Trukikaitis_Postimees, lk 69
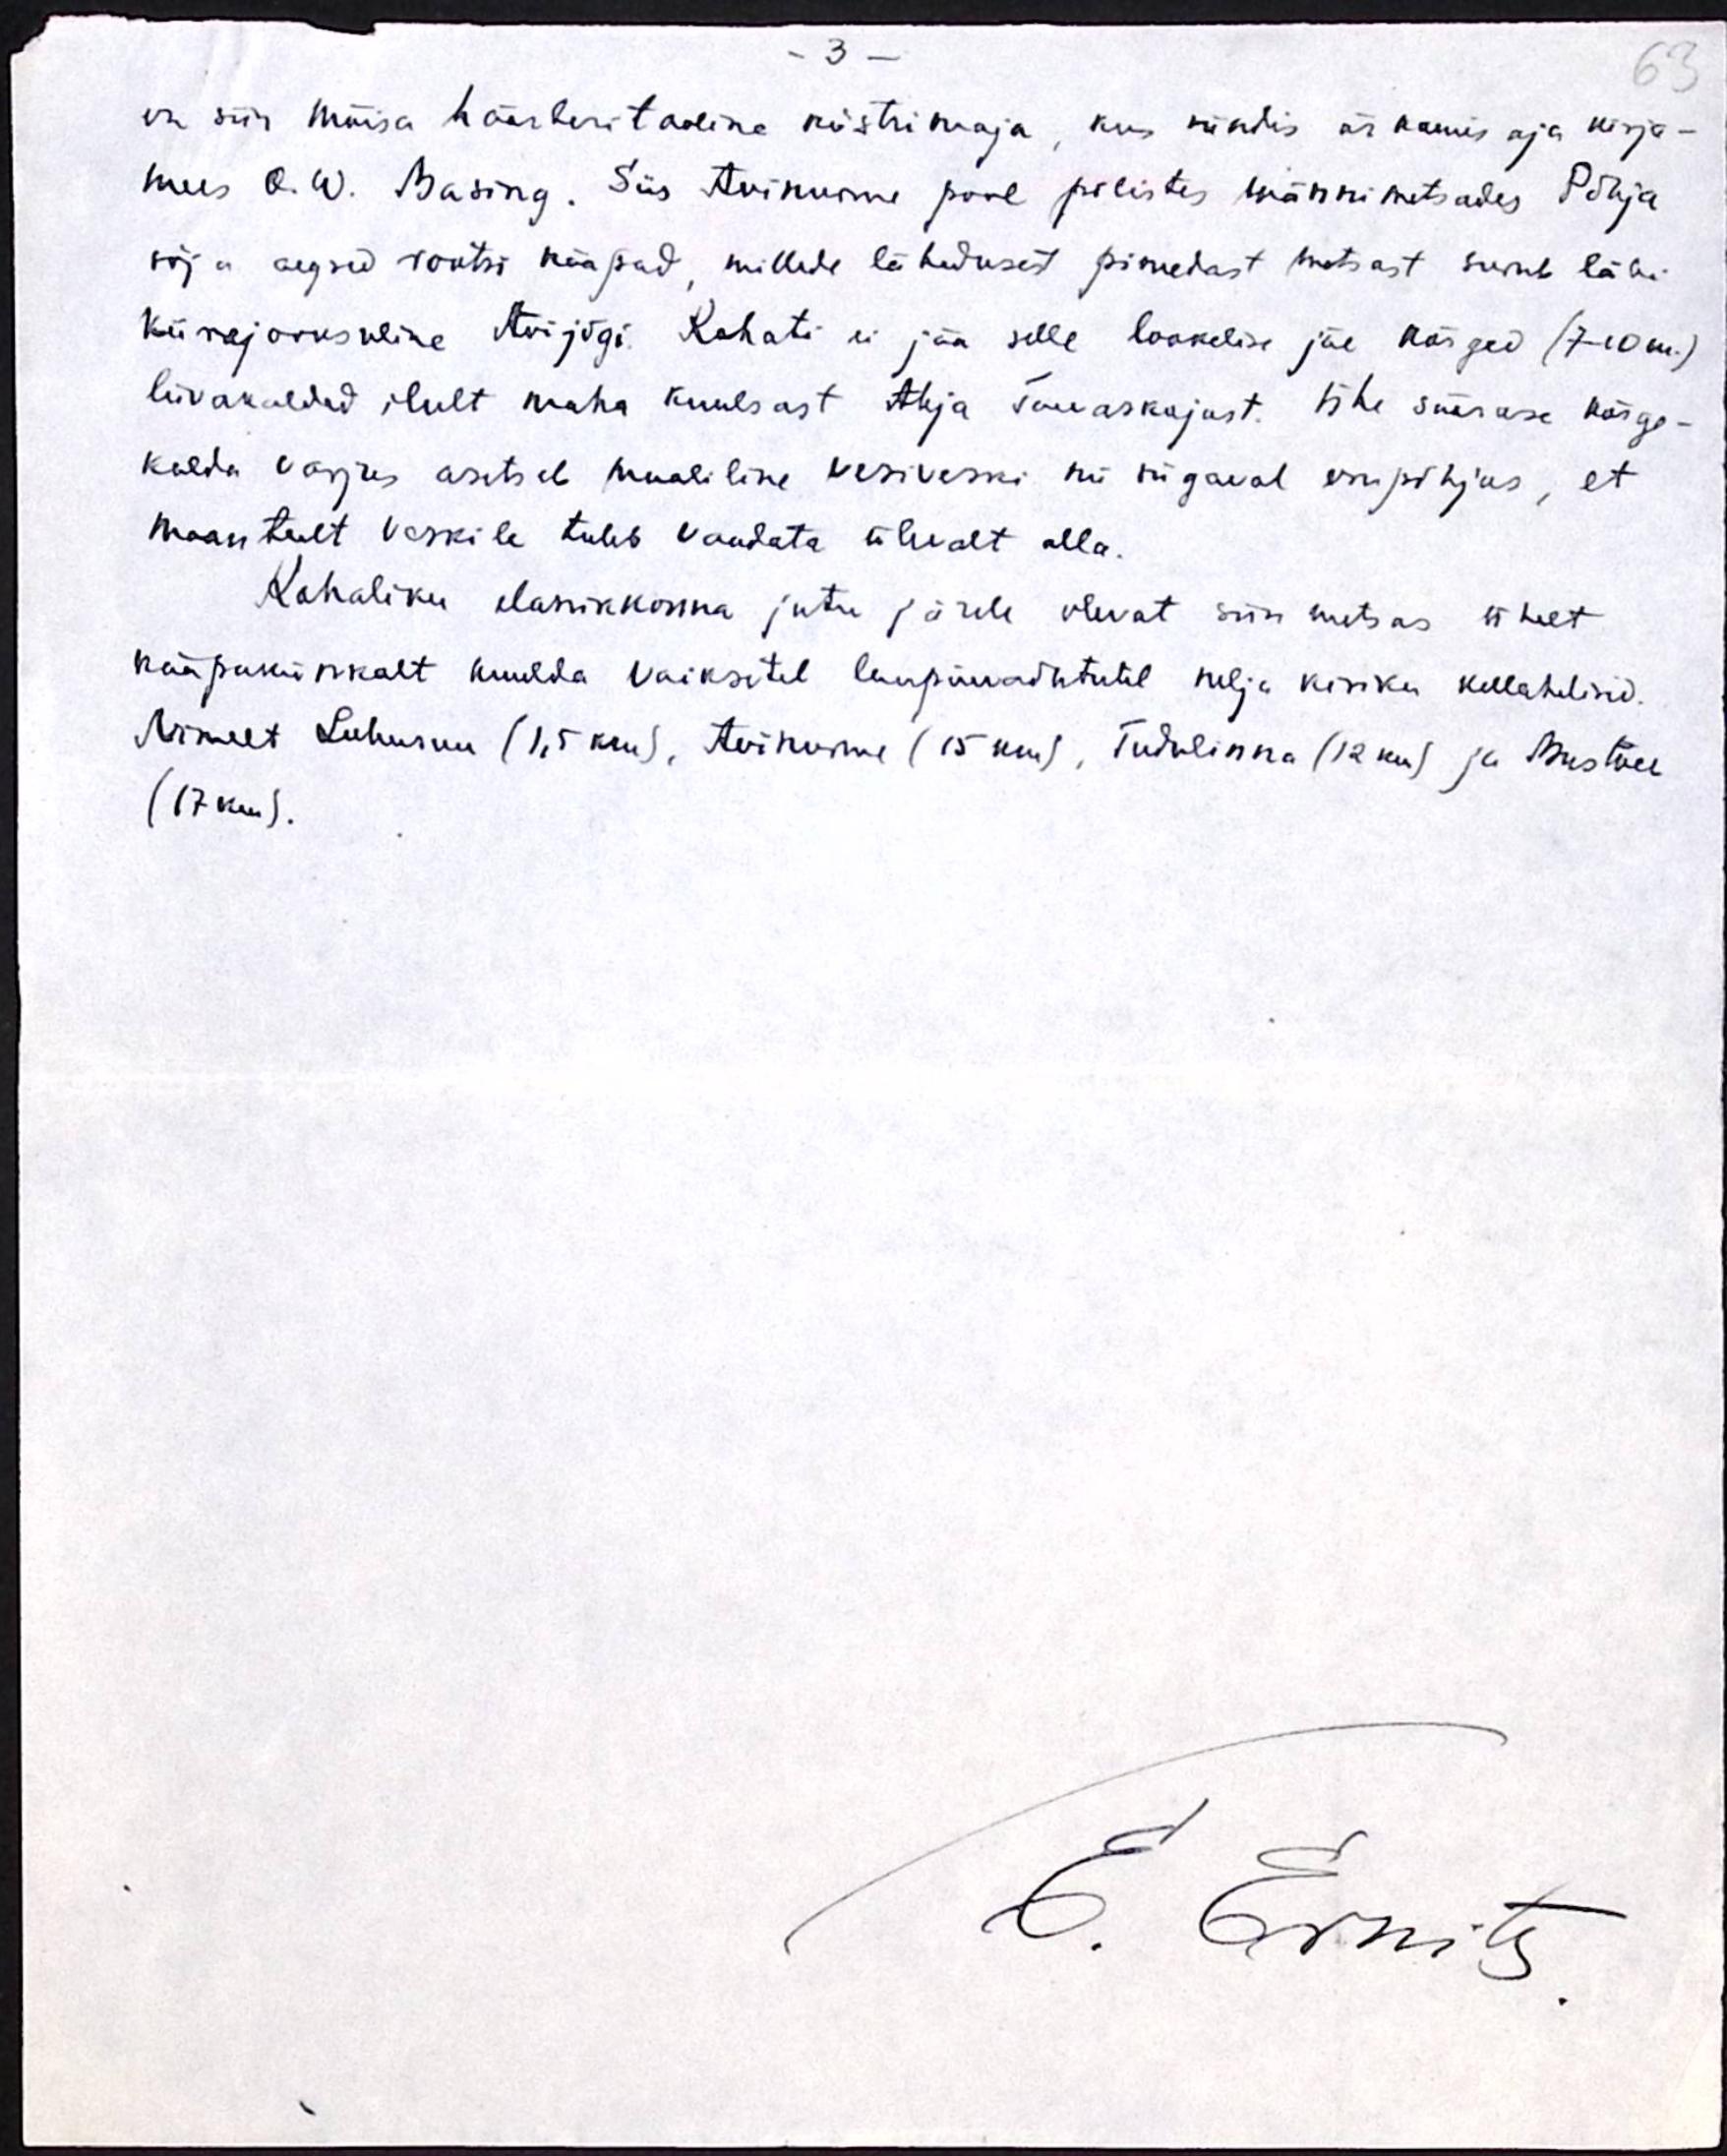
- 3 -

63

on siin mõisa häärberitaoline köstrimaja, kus sündis ärkamis aja kirja-
mees O. W. Masing. Siis Avinurme pool põlistes männimetsades Põhja
sõja aegsed rootsi kääpad, millede lähedusest pimedast metsast surub läbi
kiirejooksuline Avijõgi. Kohati ei jää selle lookelise jõe kõrged (7 -10 m.)
liivakaldad ilult maha kuulsast Ahja Taevaskojast. Ühe säärase kõrge-
kalda varjus asetseb maaliline vesiveski nii sügaval orupõhjus, et
maanteelt Veskile tuleb vaadata ülevalt alla.
Kohaliku elanikkonna jutu järele olevat siin metsas ühelt
kääpakünkalt kuulda vaiksetel laupäevaõhtutel nelja kiriku kellahelisid-
Nimelt Lohusuu (1,5 km), Avinurme (15 km), Tudulinna (12 km) ja Mustvee
(17 km).

E. Ernits